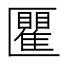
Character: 匷